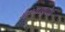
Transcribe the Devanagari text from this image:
येण्यापूवीर्च